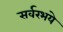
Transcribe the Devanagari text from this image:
सर्वरभये